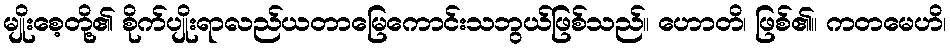
မျိုးစေ့တို့၏ စိုက်ပျိုးရာလည်ယတာမြေကောင်းသဘွယ်ဖြစ်သည်။ ဟောတိ၊ ဖြစ်၏။ ကတမေဟိ၊